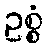
ဥစ္စံ